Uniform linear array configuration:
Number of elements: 32
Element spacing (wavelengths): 0.5
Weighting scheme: kaiser
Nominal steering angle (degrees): -15
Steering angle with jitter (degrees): -14.484
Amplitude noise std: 0.05
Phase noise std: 0.05

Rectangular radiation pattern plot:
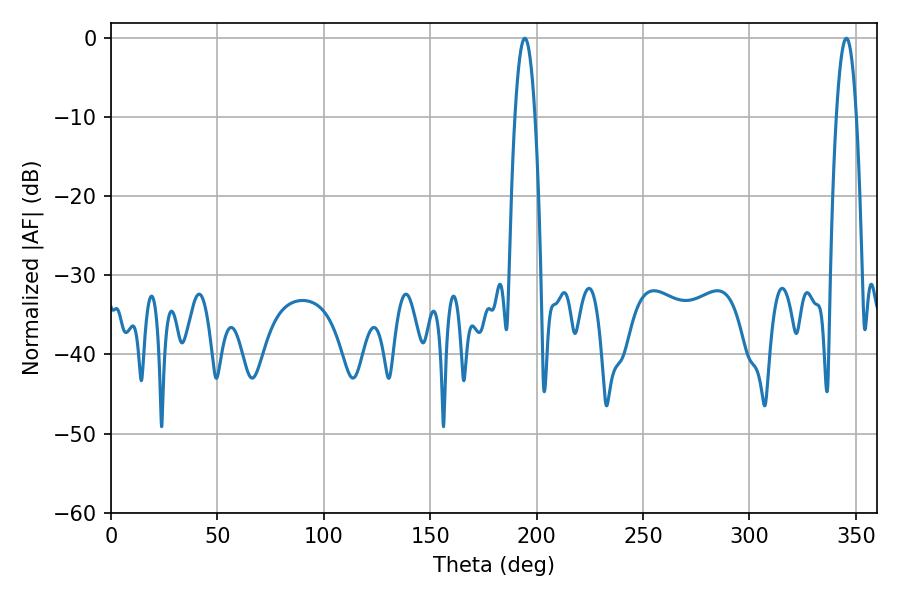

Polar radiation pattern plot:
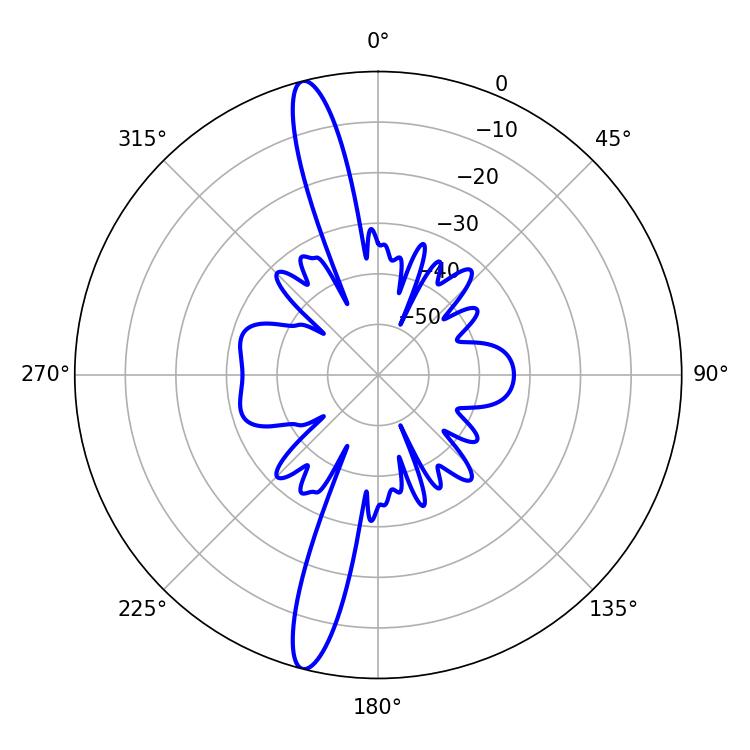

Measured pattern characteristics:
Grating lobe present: FALSE
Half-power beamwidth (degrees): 5.22
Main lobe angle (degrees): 194.4